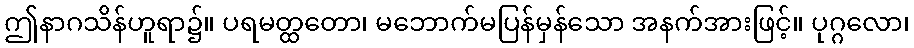
ဤနာဂသိန်ဟူရာ၌။ ပရမတ္ထတော၊ မဘောက်မပြန်မှန်သော အနက်အားဖြင့်။ ပုဂ္ဂလော၊